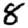
Digit: 8